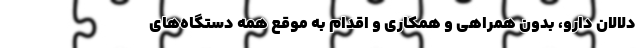
دلالان دارو، بدون همراهی و همکاری و اقدام به موقع همه دستگاه‌های